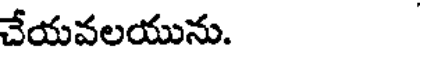
చేయవలయును.